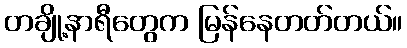
တချို့နာရီတွေက မြန်နေတတ်တယ်။